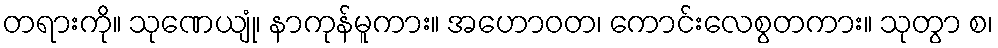
တရားကို။ သုဏေယျုံ၊ နာကုန်မူကား။ အဟောဝတ၊ ကောင်းလေစွတကား။ သုတွာ စ၊